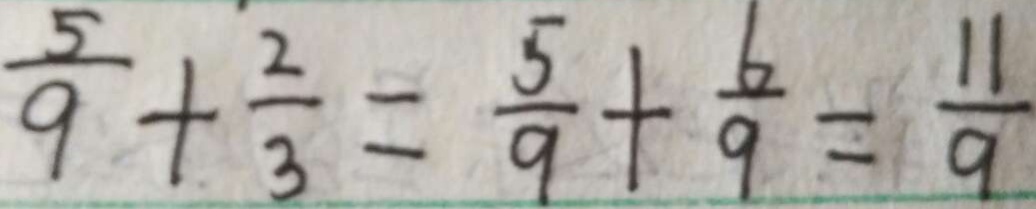
\frac { 5 } { 9 } + \frac { 2 } { 3 } = \frac { 5 } { 9 } + \frac { 6 } { 9 } = \frac { 1 1 } { 9 }